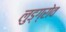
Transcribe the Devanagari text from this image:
लुड्ग्रोव